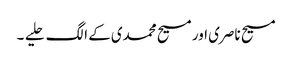
مسیح ناصری اور مسیح محمدی کے الگ حلیے ۔